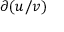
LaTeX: \partial ( u / v )